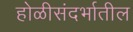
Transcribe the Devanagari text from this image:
होळीसंदर्भातील